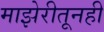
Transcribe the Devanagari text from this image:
माझेरीतूनही